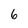
Character: 6